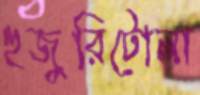
হুজুরিটোলা